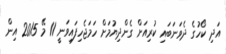
އަދި ކޯހުގެ ދެވަނަބައި ކުރިއަށް ގެންދިޔުމަށް ހަމަޖެހިފައިވަނީ 11 މޭ 2015 އިން